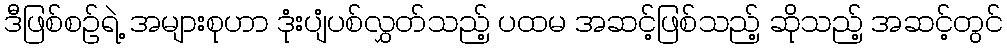
ဒီဖြစ်စဉ်ရဲ့ အများစုဟာ ဒုံးပျံပစ်လွှတ်သည့် ပထမ အဆင့်ဖြစ်သည့် ဆိုသည့် အဆင့်တွင်